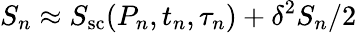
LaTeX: S_{n}\approx S_{\mathrm{sc}}(P_{n},t_{n},\tau_{n})+\delta^{2}S_{n}/2